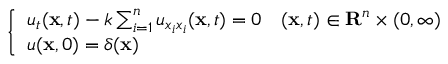
\left\{ \begin{array} { l l } { u _ { t } ( \mathbf { x } , t ) - k \sum _ { i = 1 } ^ { n } u _ { x _ { i } x _ { i } } ( \mathbf { x } , t ) = 0 } & { ( \mathbf { x } , t ) \in \mathbf { R } ^ { n } \times ( 0 , \infty ) } \\ { u ( \mathbf { x } , 0 ) = \delta ( \mathbf { x } ) } \end{array} \right.